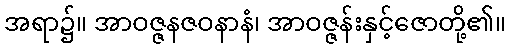
အရာ၌။ အာဝဇ္ဇနဇဝနာနံ၊ အာဝဇ္ဇန်းနှင့်ဇောတို့၏။